Medical and sanitary report on the native army of Bombay for the year
Year: 1878
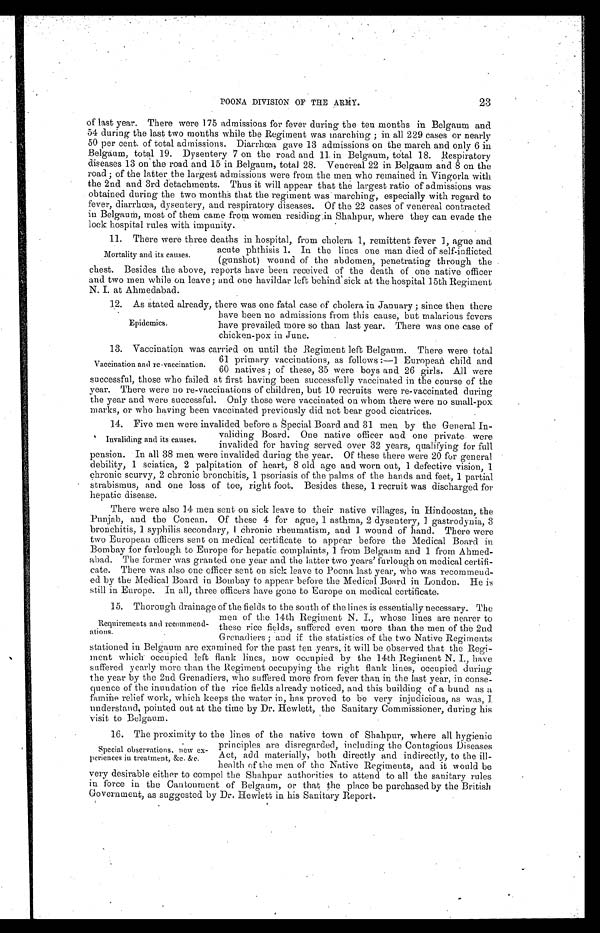
23
POONA DIVISION OF THE ARMY.
of last year. There were 175 admissions for fever during the ten months in Belgaum and
54 during the last two mouths while the Regiment was marching; in all 229 cases or nearly
50 per cent. of total admissions. Diarrhœa gave 13 admissions on the march and only 6 in
Belgaum, total 19. Dysentery 7 on the road and 11 in Belgaum, total 18. Respiratory
diseases 13 on the road and 15 in Belgaum, total 28. Venereal 22 in Belgaum and 8 on the
road; of the latter the largest admissions were from the men who remained in Vingorla with
the 2nd and 3rd detachments. Thus it will appear that the largest ratio of admissions was
obtained during the two months that the regiment was marching, especially with regard to
fever, diarrhœa, dysentery, and respiratory diseases. Of the 22 cases of venereal contracted
in Belgaum,m o s t
o f t h e m c a m e f r o m w o m e n r e s i d i n g i n S h a h p u r , w h e r e t h e y c a n e v a d e t h e
lock hospital rules with impunity.
11. There were three deaths in hospital, from cholera 1, remittent fever 1, ague and
acute phthisis 1. In the lines one man died of self-inflicted (gunshot) wound of the abdomen, penetrating through the
chest. Besides the above, reports have been received of the death of one native officer
and two men while on leave; and one havildar left behind sick at the hospital 15th Regiment N. I. at Ahmedabad.
12. As stated already, there was one fatal case of cholera in January; since then there
Mortality and its causes.
Epidemics.
have been no admissions from this cause, but malarious fevers
have prevailed more so than last year. There was one case of
chicken-pox in June.
12. Vaccination was carried on until the Regiment left Belgaum. There were total
Vaccination and re-vaccination.
61 primary vaccinations, as follows:—1 European child and
60 natives; of these, 35 were boys and 26 girls. All were
successful, those who failed at first having been successfully vaccinated in the course of the
year. There were no re-vaccinations of children, but 10 recruits were re-vaccinated during
the year and were successful. Only those were vaccinated on whom there were no small-pox
marks, or who having been vaccinated previously did not bear good cicatrices.
14. Five men were invalided before a Special Board and 31 men by the General In
validing Board. One native officer and one private were
invalided for having served over 32 years, qualifying for full
pension. In all 38 men were invalided during the year. Of these there were 20 for general.
debility, 1 sciatica, 2 palpitation of heart, 8 old age and worn out, 1 defective vision, 1
chronic scurvy, 2 chronic bronchitis, 1 psoriasis of the palms of the hands and feet, 1 partial
strabismus, and one loss of toe, right foot. Besides these, 1 recruit was discharged for
hepatic disease.
There were also 14 men sent on sick leave to their native villages, in Hindoostan, the
Punjab, and the Concan. Of these 4 for ague, 1 asthma, 2 dysentery, 1 gastrodynia, 3
bronchitis. 1 syphilis secondary, 1 Chronic rheumatism, and 1 wound of hand. There were
two European officers sent on medical certificate to appear before the Medical Board in
Bombay for furlough to Europe for hepatic complaints, 1 from Belgaum and 1 from Ahmed
abad. The former was granted one year and the latter two years' furlough on medical certifi-
cate. There was also one officer sent on sick leave to Poona last year, who was recommend-
ed by the Medical Board in Bombay to appear before the Medical Board in London. He is
still in Europe. In all, three officers have gone to Europe on medical certificate.
15. Thorough drainage of the fields to the south of the lines is essentially necessary. The
Invaliding and its causes.
Requirements and recommend
ations.
men of the 14th Regiment N. I., whose lines are nearer to
these rice fields, suffered even more than the men of the 2nd
Grenadiers; and if the statistics of the two Native Regiments
stationed in Belgaum are examined for the past ten years, it will be observed that the Re
g i m e n t w h i c h
o c c u p i e d l e f t
f l a n k
n o w o c c u p i e d b y t h e 1 4 t h R e g i m e n t N . I . , h a v e
suffered yearly more than the Regiment occupying the right flank lines, occupied during
the year by the 2nd Grenadiers, who suffered more from fever than in the last year, in conse-
quence of the inundation of the rice fields already noticed, and this building of a bund as a
famine relief work, which keeps the water in, has proved to be very injudicious, as was, I
understand, pointed out at the time by Dr. Hewlett, the Sanitary Commissioner, during his
visit to Belgaum.
16. The proximity to the lines of the native town of Shahpur, where all hygienic
Special observations, new ex
periences in treatment, &c. &c.
principles are disregarded, including the Contagious Diseases
Act, add materially, both directly and indirectly, to the ill
health of the men of the Native Regiments, and it would
be
very desirable either to compel the Shahpur authorities to attend to all the sanitary rules
in force in the Cantonment of Belgaum, or that the place be purchased by the British
Government, as suggested by Dr. Hewlett in his Sanitary Report.